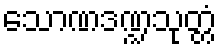
သောဏဒဏ္ဍသုတ္တံ